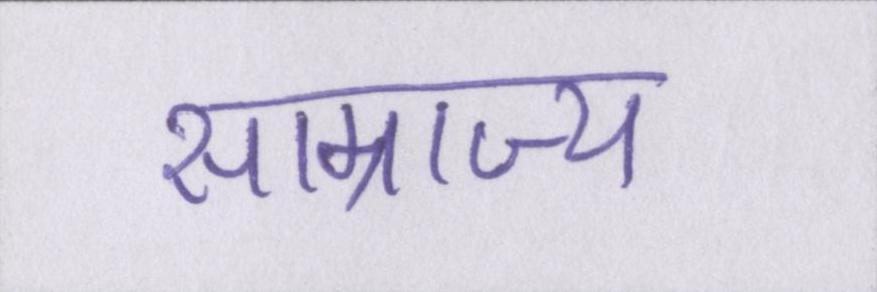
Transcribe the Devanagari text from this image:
साम्राज्य